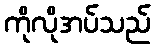
ကိုလိုအပ်သည်